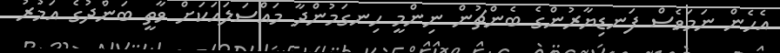
އެހެން ނަމަވެސް ފަނޑިޔާރުންގެ ބެންޗުން ނިންމީ ހިނގަމުންދާ މައްސަލައަކަށް ވާތީ ބަންދުގެ އަމުރު